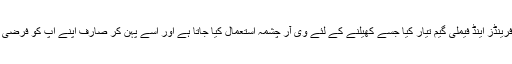
نوجوان نے ایسا فرینڈز اینڈ فیملی گیم تیار کیا جسے کھیلنے کے لئے وی آر چشمہ استعمال کیا جاتا ہے اور اسے پہن کر صارف اپنے آپ کو فرضی دنیا میں پاتا ہے۔